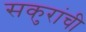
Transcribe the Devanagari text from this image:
सकुरांची